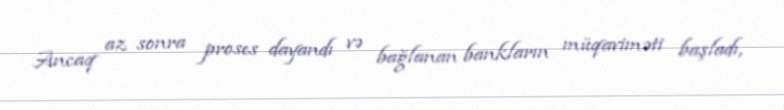
Ancaq az sonra proses dayandı və bağlanan bankların müqaviməti başladı,